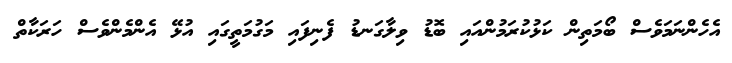
އެހެންނަމަވެސް ބޯމަތިން ކަޅުކުރަމުންއައި ބޮޑު ވިލާގަނޑު ފެނިފައި މަގުމަތީގައި އުޅޭ އެންމެންވެސް ހަރަކާތް